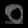
Digit: ၀